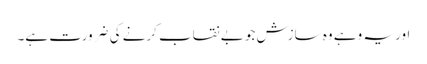
اور یہ وہے وہ سازش جو بے نقاب کرنے کی ضرورت ہے۔